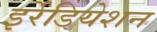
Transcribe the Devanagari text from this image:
इर्रेडियेशन